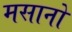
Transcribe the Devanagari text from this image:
मसानों